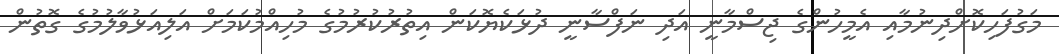
މަގުފަހިކޮށްދިނުމާއި އެމީހުންގެ ޖިސްމާނީ އަދި ނަފްސާނީ ދުޅަކެޔޮކަން އިތުރުކުރުމުގެ މުހިއްމުކަމަށް އަލިއަޅުވާލުމުގެ ގޮތުން